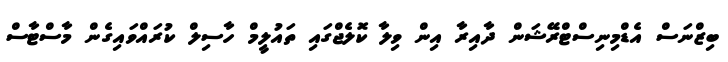
ބިޒްނަސް އެޑްމިނިސްޓްރޭޝަން ދާއިރާ އިން ވިލާ ކޮލެޖްގައި ތައުލީމް ހާސިލް ކުރައްވައިގެން މާސްޓާސް